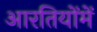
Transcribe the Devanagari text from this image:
आरतियोंमें